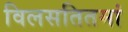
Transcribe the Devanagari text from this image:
विलसतितमां